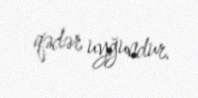
qədər uyğundur.